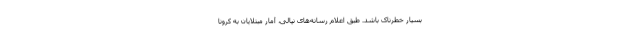
بسیار خطرناک باشد. طبق اعلام رسانه‌های نپالی، آمار مبتلایان به کرونا